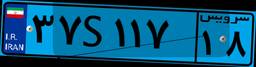
۸۴S۸۵۰۷۵